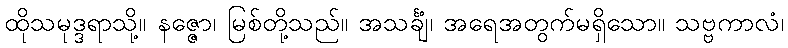
ထိုသမုဒ္ဒရာသို့။ နဇ္ဇော၊ မြစ်တို့သည်။ အသင်္ချံ၊ အရေအတွက်မရှိသော။ သဗ္ဗကာလံ၊